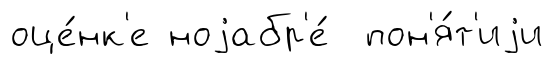
оце́нк'е ноjабр'е́ пон'я́т'иjи